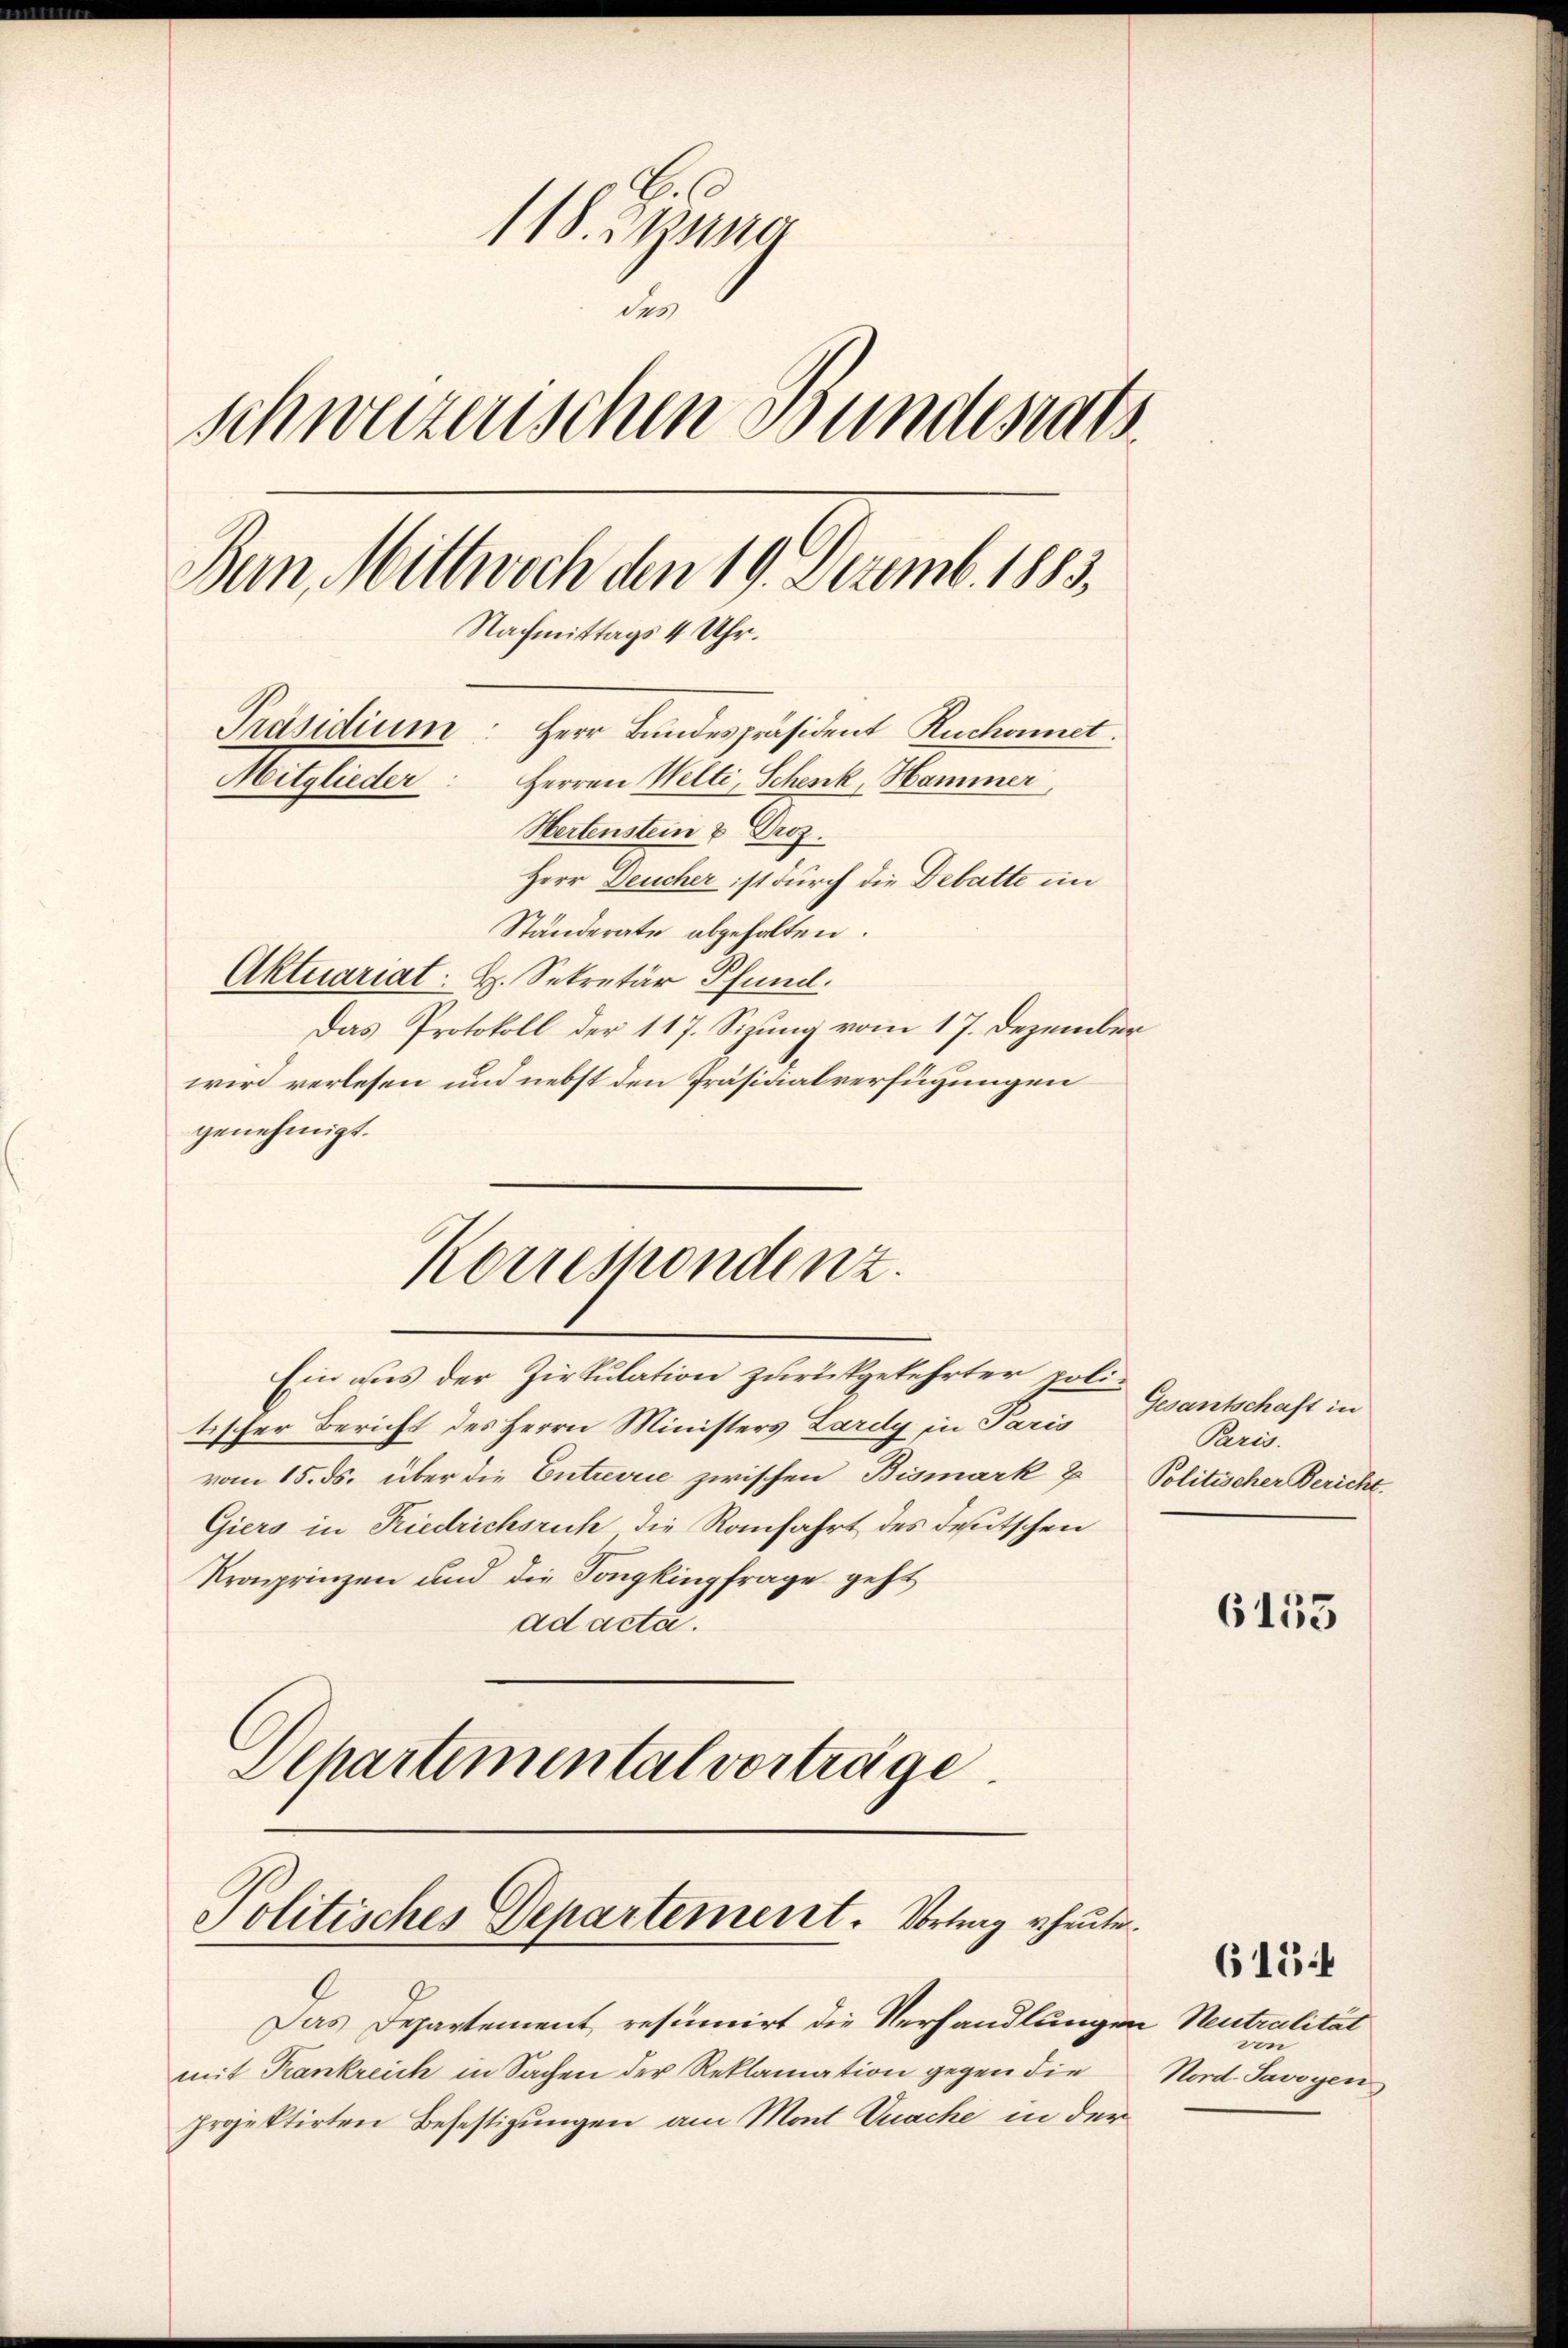
e
118. 29ste
des
schweizerischen Bundesrats
Bern, Mittwoch den 19. Dezemb. 1883.
Nachmittags 4 Uhr.
Präsidium
Herr Bundespräsident Ruchonet.
Mitglieder: Herren Welti, Schenk, Hammer
Hertenstein & Droz.
Herr Deucher ist durch die Debatte im

Ständerate abgehalten.
Aktuariat. H. Sekretär Pfund
Das Protokoll der 117. Sizung vom 17. Dezember
wird verlesen und nebst den Präsidialverfügungen
genehmigt.
Korrespondenz.
Ein aus der Zirkulation zurückgekehrter politischer Bericht des Herrn Ministers Lardy in Paris
vom 15. ds. über die Entrevrie zwischen Bismark & Politischer Bericht.
Giers in Riedrichsrich die Ranfahrt des deutschen
Kronprinzen und die Tongkingfrage geht
ad acta.
Departemental vorträge.

Politisches Departement. Vorling rheute.

Das Departement resumirt die Verhandlungen Neutralität
mit Trankreich in Sachen der Reklamation gegen die
projektirten Befestigungen am Mont Vuache in der

Gesantschaft in
Paris.

6153

von
Nord. Savoyen

6154